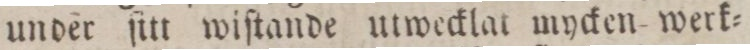
under ſitt wiſtande utwecklat mycken- werk=